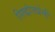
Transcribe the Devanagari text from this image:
सिद्धांतप्रेमी